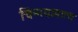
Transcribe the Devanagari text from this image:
चिन्नयामात्य